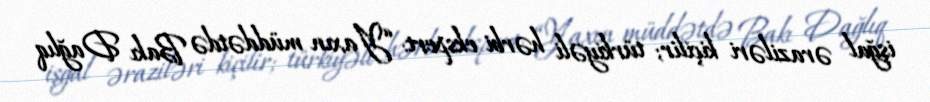
işğal əraziləri kiçilir; türkiyəli hərbi ekspert: “Yaxın müddətdə Bakı Dağlıq